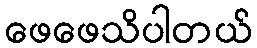
ဖေဖေသိပါတယ်